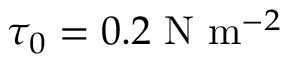
\tau _ { 0 } = 0 . 2 \ \mathrm { N } \ \mathrm { m } ^ { - 2 }